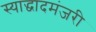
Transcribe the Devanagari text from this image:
स्याद्धादमंजरी